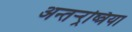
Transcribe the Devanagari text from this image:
अन्तर्‍र्रष्त्रिया